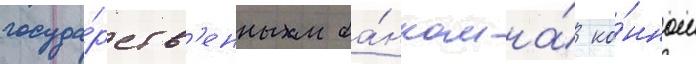
госуда́рств'енным ба́нком на́ ко́нном